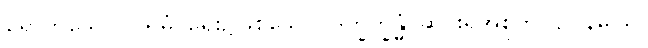
ရောက်သော။ ပုရိမံ၊ ရှေး၌ဖြစ်သော။ ဒုက္ခက္ခန္ဓံ၊ ဆင်းရဲအစုကို။ ဥပနိဓါယ၊